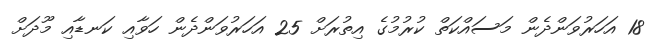
18 އަހަރުވަންދެން މަސައްކަތް ކުރުމުގެ އިތުރަށް 25 އަހަރުވަންދެން ހަވާއި ކަނޑާއި މޫދަށް